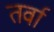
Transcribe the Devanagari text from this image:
तर्वा